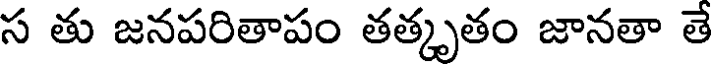
స తు జనపరితాపం తత్కృతం జానతా తే